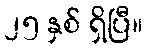
၂၅ နှစ် ရှိပြီ။